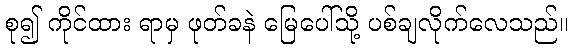
စု၍ ကိုင်ထား ရာမှ ဖုတ်ခနဲ မြေပေါ်သို့ ပစ်ချလိုက်လေသည်။